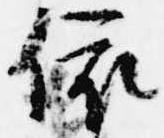
依